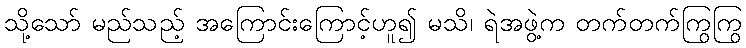
သို့သော် မည်သည့် အကြောင်းကြောင့်ဟူ၍ မသိ၊ ရဲအဖွဲ့က တက်တက်ကြွကြွ